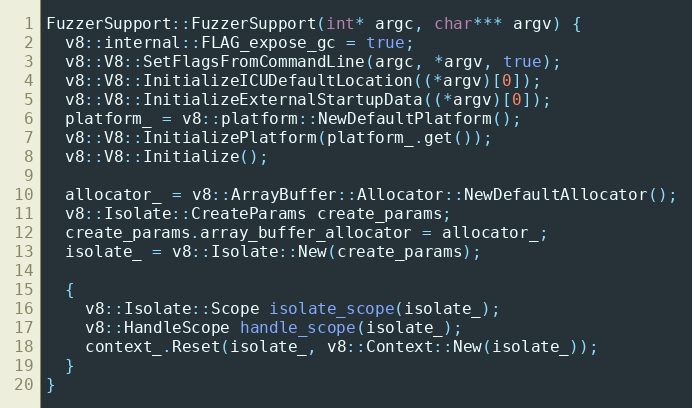
Language: C++
FuzzerSupport::FuzzerSupport(int* argc, char*** argv) {
  v8::internal::FLAG_expose_gc = true;
  v8::V8::SetFlagsFromCommandLine(argc, *argv, true);
  v8::V8::InitializeICUDefaultLocation((*argv)[0]);
  v8::V8::InitializeExternalStartupData((*argv)[0]);
  platform_ = v8::platform::NewDefaultPlatform();
  v8::V8::InitializePlatform(platform_.get());
  v8::V8::Initialize();

  allocator_ = v8::ArrayBuffer::Allocator::NewDefaultAllocator();
  v8::Isolate::CreateParams create_params;
  create_params.array_buffer_allocator = allocator_;
  isolate_ = v8::Isolate::New(create_params);

  {
    v8::Isolate::Scope isolate_scope(isolate_);
    v8::HandleScope handle_scope(isolate_);
    context_.Reset(isolate_, v8::Context::New(isolate_));
  }
}